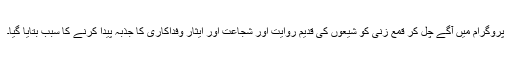
پروگرام میں آگے چل کر قمع زنی کو شیعوں کی قدیم روایت اور شجاعت اور ایثار وفداکاری کا جذبہ پیدا کرنے کا سبب بتایا گیا۔